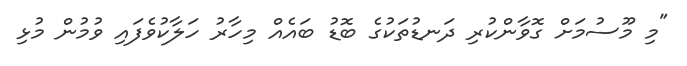
"މި މޫސުމަށް ގޮވާންކުރި ދަނޑުތަކުގެ ބޮޑު ބައެއް މިހާރު ހަލާކުވެފައި ވުމުން މުޅި